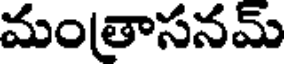
మంతాసనమ్